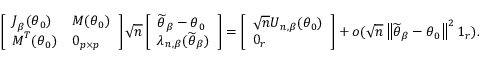
\left[ \begin{array} { l l } { \boldsymbol { J } _ { \beta } ( \boldsymbol { \theta } _ { 0 } ) } & { \boldsymbol { M } ( \boldsymbol { \theta } _ { 0 } ) } \\ { \boldsymbol { M } ^ { T } ( \boldsymbol { \theta } _ { 0 } ) } & { \boldsymbol { 0 } _ { p \times p } } \end{array} \right] \sqrt { n } \left[ \begin{array} { l } { \widetilde { \boldsymbol { \theta } } _ { \beta } - \boldsymbol { \theta } _ { 0 } } \\ { \boldsymbol { \lambda } _ { n , \beta } ( \widetilde { \boldsymbol { \theta } } _ { \beta } ) } \end{array} \right] = \left[ \begin{array} { l } { \sqrt { n } \boldsymbol { U } _ { n , \beta } ( \boldsymbol { \theta } _ { 0 } ) } \\ { \boldsymbol { 0 } _ { r } } \end{array} \right] + o ( \sqrt { n } \left\Vert \widetilde { \boldsymbol { \theta } } _ { \beta } - \boldsymbol { \theta } _ { 0 } \right\Vert ^ { 2 } \boldsymbol { 1 } _ { r } ) .